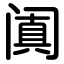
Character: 阗